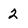
Character: 2